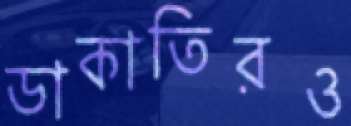
ডাকাতিরও